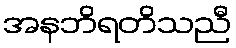
အနဘိရတိသညီ